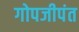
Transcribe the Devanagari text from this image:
गोपजीपंत